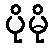
ပိုမို